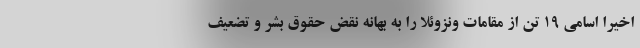
اخیرا اسامی ۱۹ تن از مقامات ونزوئلا را به بهانه نقض حقوق بشر و تضعیف